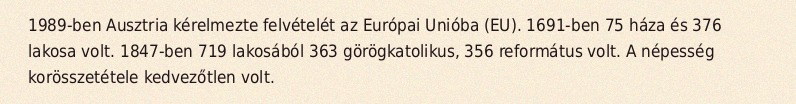
1989-ben Ausztria kérelmezte felvételét az Európai Unióba (EU). 1691-ben 75 háza és 376 lakosa volt. 1847-ben 719 lakosából 363 görögkatolikus, 356 református volt. A népesség korösszetétele kedvezőtlen volt.